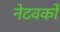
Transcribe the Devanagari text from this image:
नेटवर्को